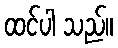
ထင်ပါ သည်။